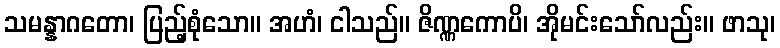
သမန္နာဂတော၊ ပြည့်စုံသော။ အဟံ၊ ငါသည်။ ဇိဏ္ဏကောပိ၊ အိုမင်းသော်လည်း။ ဖာသု၊